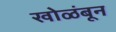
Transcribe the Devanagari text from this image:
खोळंबून